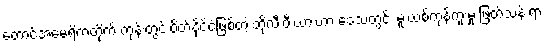
တောင်အမေရိကတိုက် ကုန်းတွင်းပိတ်နိုင်ငံဖြစ်တဲ့ ဘိုလီးဗီးယားဟာ ဒေသတွင်း မူးယစ်ကုန်ကူးမှု ဖြတ်သန်းရာ